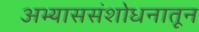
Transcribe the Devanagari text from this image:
अभ्याससंशोधनातून